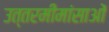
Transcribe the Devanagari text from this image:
उत्तरमीमांसाओं